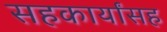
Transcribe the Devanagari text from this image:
सहकार्यांसह